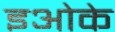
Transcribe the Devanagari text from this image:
इओके